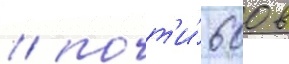
/ почт'и́ 600 в